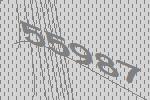
55987